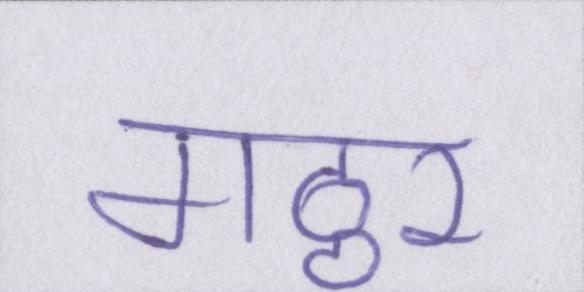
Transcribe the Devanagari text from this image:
गठ्ठर